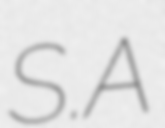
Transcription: S.A